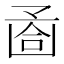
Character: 𠚔